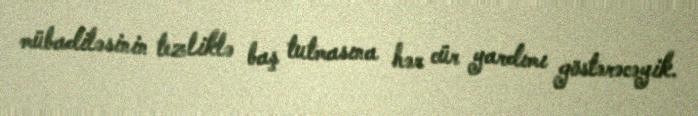
mübadiləsinin tezliklə baş tutmasına hər cür yardımı göstərəcəyik.